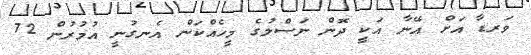
ވަރޑާ އަށް އޭނާ އަކީ ދޮން ނަސްލުގެ މީހެއްކަން އެނގުނީ އުމުރުން 72